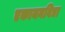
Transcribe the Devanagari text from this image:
एकायनविद्या